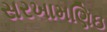
સરખામણિઇ